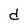
Character: d